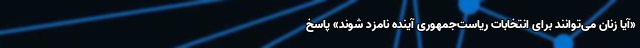
«آیا زنان می‌توانند برای انتخابات ریاست‌جمهوری آینده نامزد شوند» پاسخ